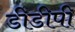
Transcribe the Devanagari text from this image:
डीडीपी